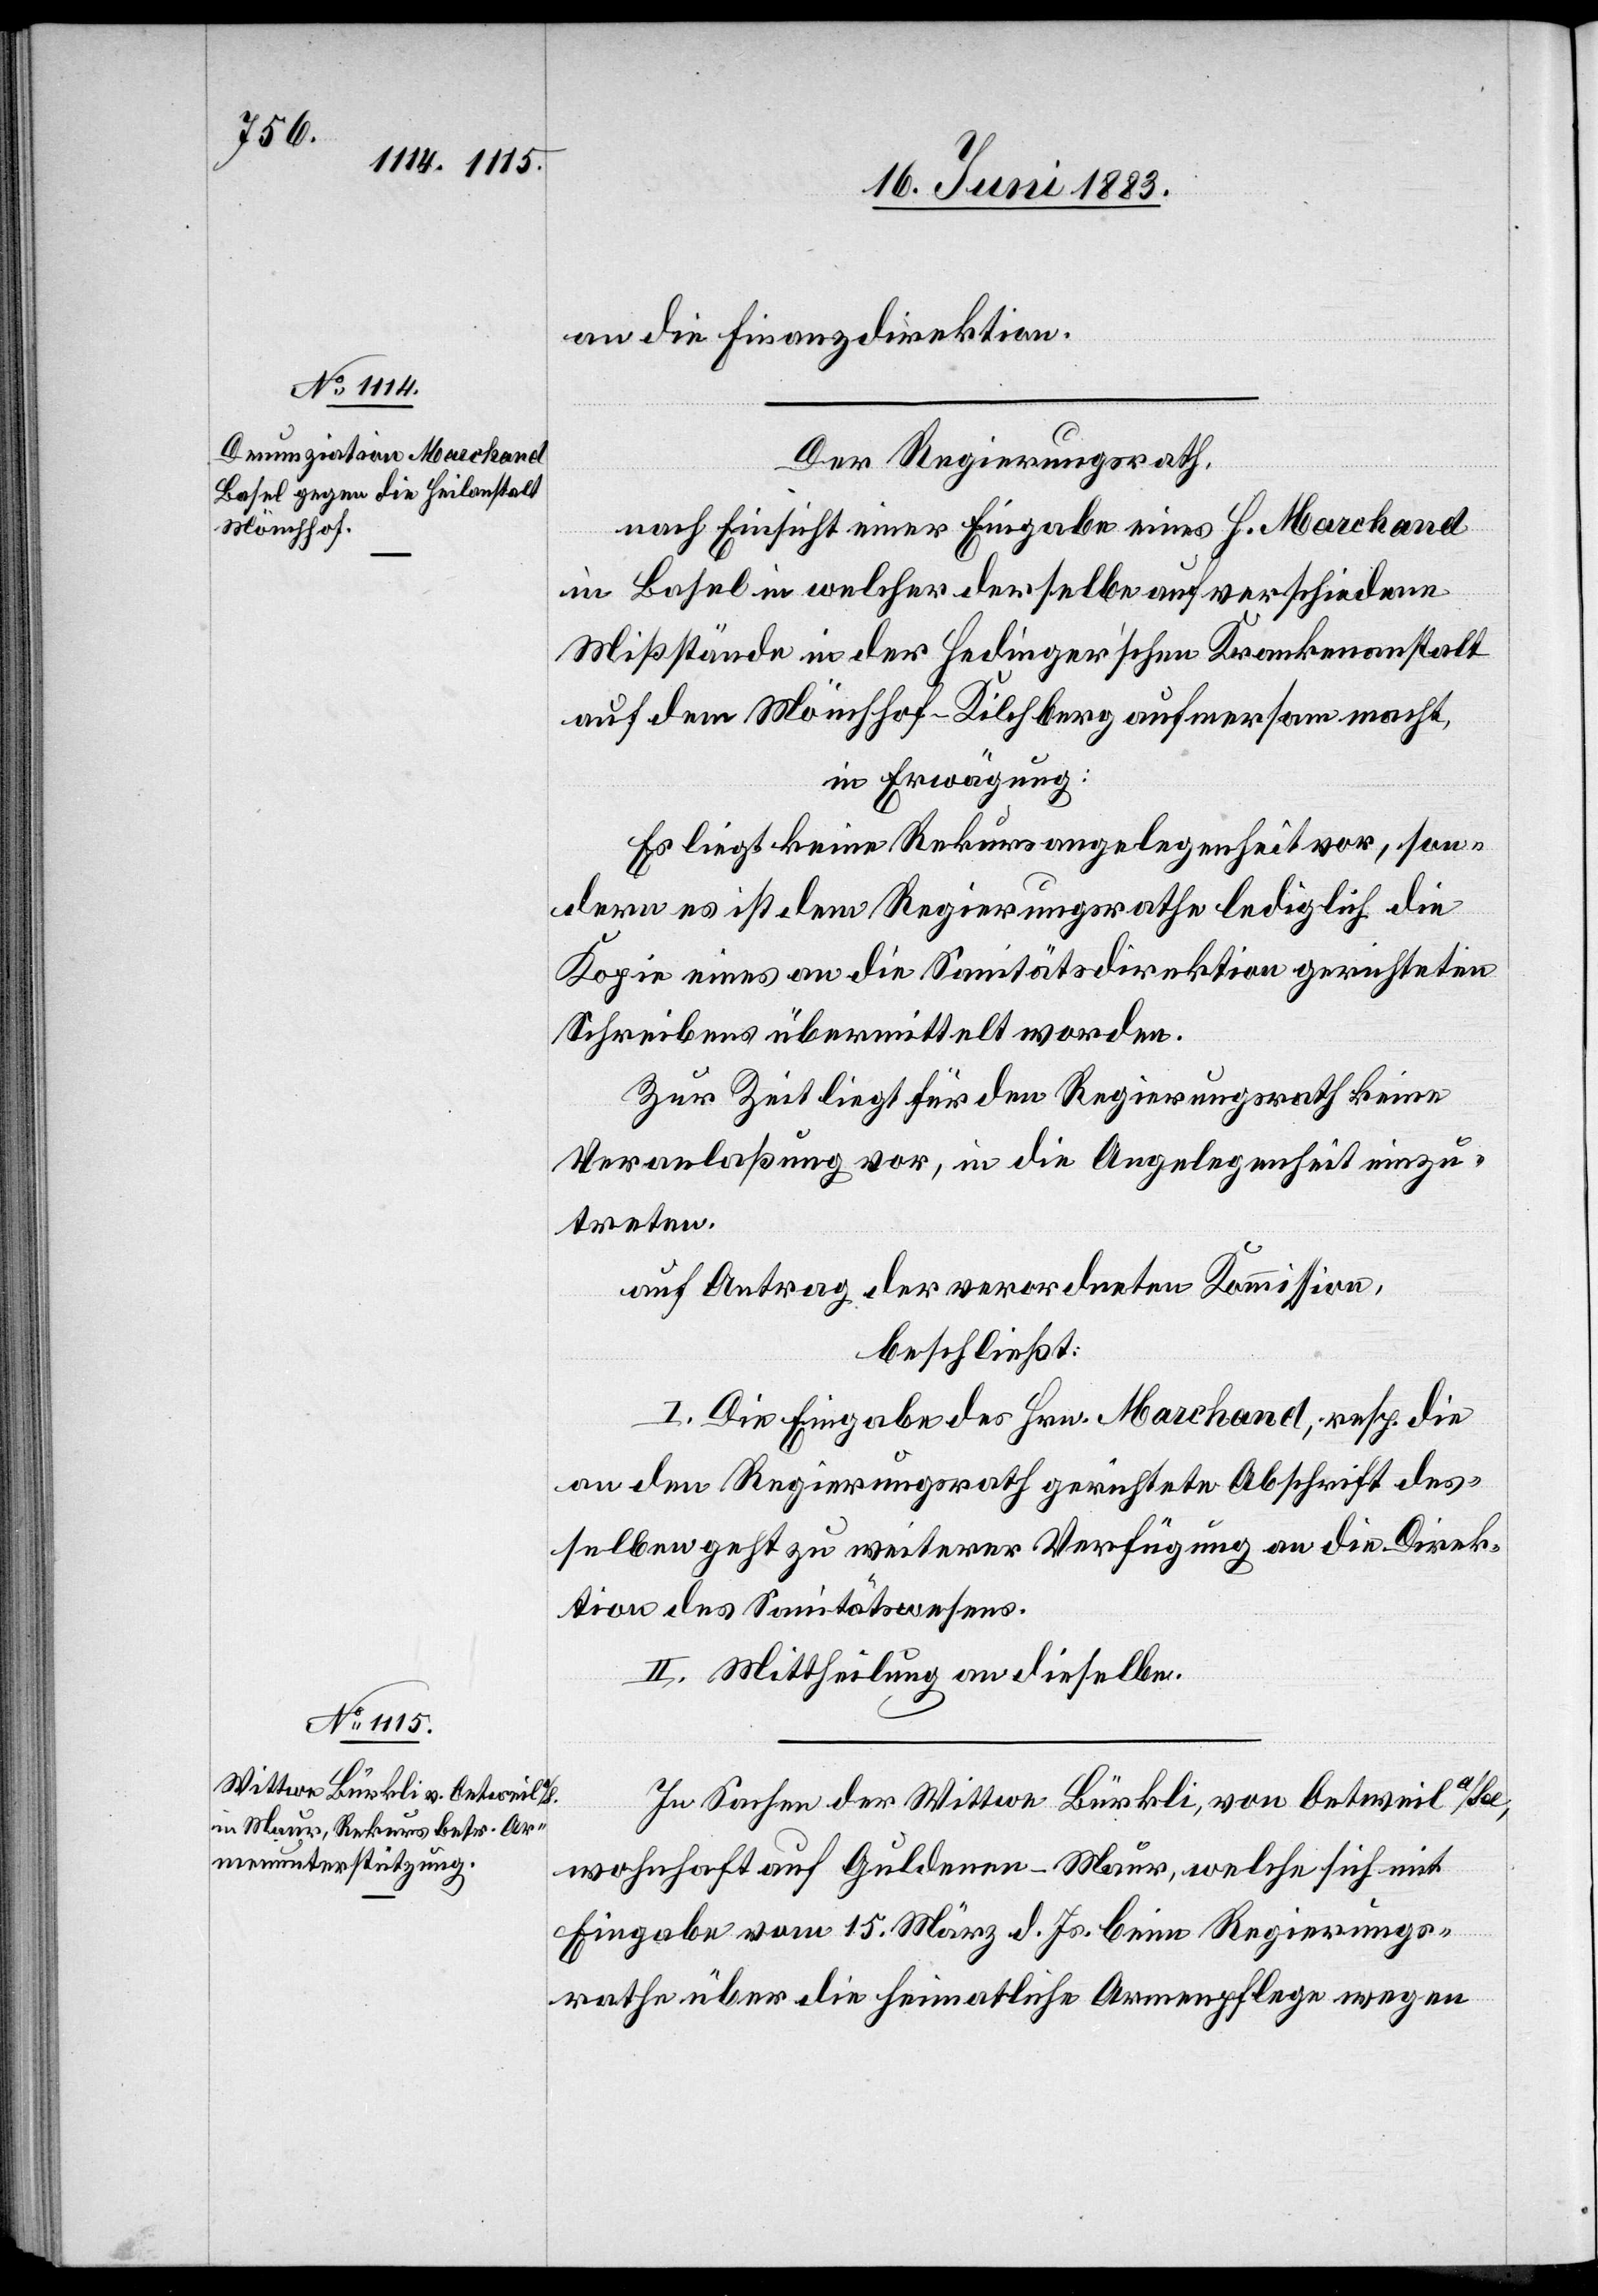
an die Finanzdirektion.
Der Regierungsrath,
nach Einsicht einer Eingabe eines H. Marchand
in Basel in welcher derselbe auf verschiedene
Missstände in der Hedinger’schen Krankenanstalt
auf den Mönchhof - Kilchberg aufmerksam macht,
in Erwägung:
Es liegt keine Rekursangelegenheit vor, son¬
dern es ist dem Regierungsrathe lediglich die
Kopie eines an die Sanitätsidirektion gerichteten
Schreibens übermittelt worden.
Zur Zeit liegt für den Regierungsrath keine
Veranlaßung vor, in die Angelegenheit einzu¬
treten.
auf Antrag der verordneten Kommission,
beschließt:
I. Die Eingabe des Hrn. Marchand, resp. die
an den Regierungsrath gerichtete Abschrift des¬
selben geht zu weiterer Verfügung an die Direk¬
tion des Sanitätswesens.
II. Mittheilung an dieselbe.
In Sachen der Wittwe Bürkli, von Oetweil a/See,
wohnhaft auf Guldenen - Maur, welche sich mit
Eingabe vom 15. März d. Js. beim Regierungs¬
rathe über die heimatliche Armenpflege wegen